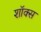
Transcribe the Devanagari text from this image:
शॉक्स